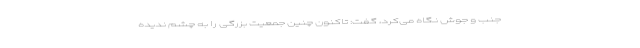
جنب و جوش نگاه می‌کرد، گفت: تاکنون چنین جمعیت بزرگی را به چشم ندیده